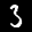
Label: 3